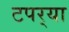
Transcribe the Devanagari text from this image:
टपर्‍या